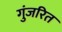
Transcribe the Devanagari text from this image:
गुंजरित